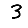
Digit: 3